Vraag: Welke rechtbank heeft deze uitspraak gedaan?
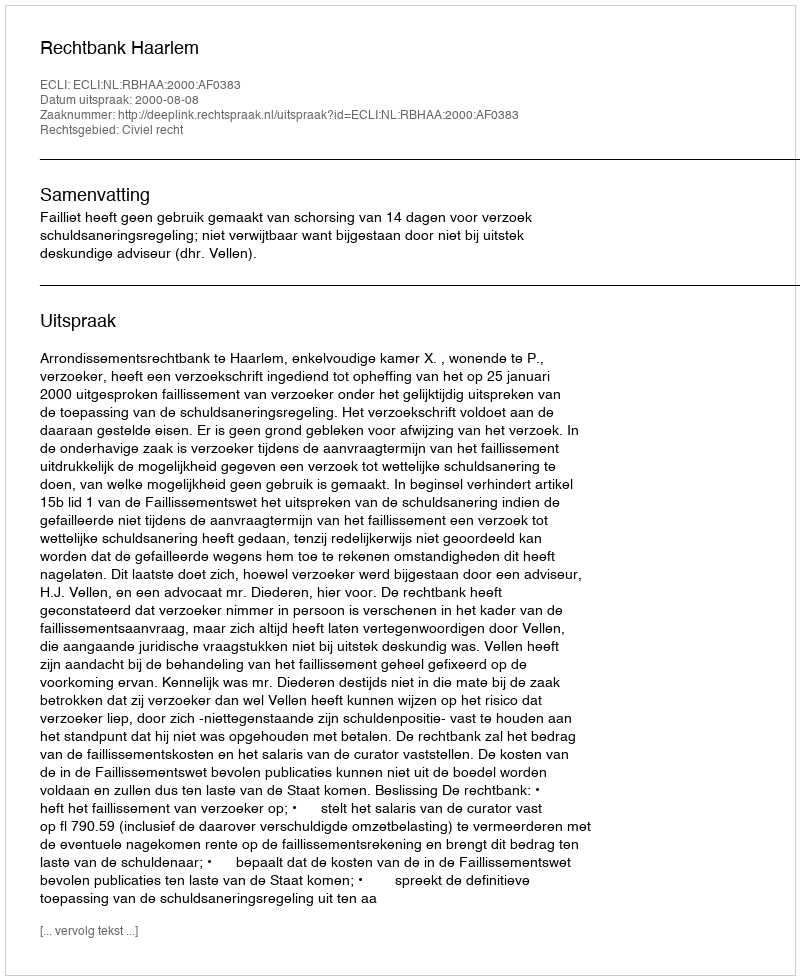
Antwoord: Rechtbank Haarlem